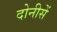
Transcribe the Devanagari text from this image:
दोनीसें